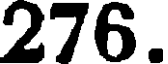
276.